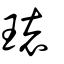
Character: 瓌